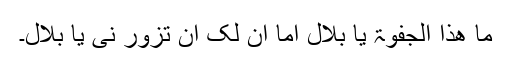
ما ھذا الجفوۃ یا بلال اما ان لک ان تزور نی یا بلال۔